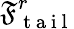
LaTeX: \mathfrak{F}_{\mathrm{{~t~a~i~l~}}}^{r}